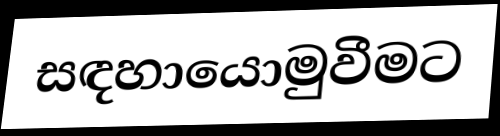
සඳහායොමුවීමට